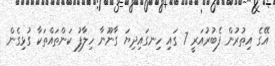
އޭގެ އިތުރުން ފެބުރުއަރީ 7 ގައި ހިނގައިދިޔަ ގާނޫނާ ހިލާފު ކަންތައްތަކާ ގުޅިގެން